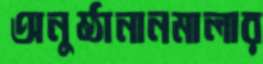
অনুষ্ঠানানমালার